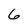
Character: 6